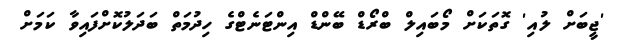
'ޖީބަށް ލުއި' ގޮތަކަށް މޯބައިލް ބްރޯޑް ބޭންޑް އިންޓަނެޓްގެ ހިދުމަތް ބަދަލުކޮށްފައިވާ ކަމަށް